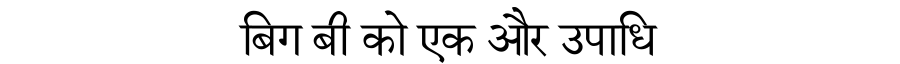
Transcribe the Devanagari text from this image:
बिग बी को एक और उपाधि